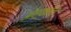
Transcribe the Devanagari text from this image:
ओस्कारेला